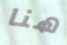
هنا